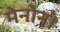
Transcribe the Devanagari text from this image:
मेनोन।